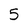
Character: 5